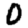
Digit: 0